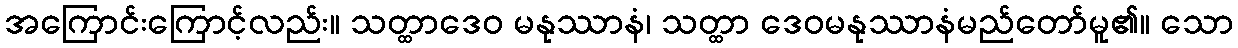
အကြောင်းကြောင့်လည်း။ သတ္ထာဒေဝ မနုဿာနံ၊ သတ္ထာ ဒေဝမနုဿာနံမည်တော်မူ၏။ သော